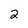
Character: 2